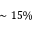
\sim 1 5 \%